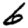
Digit: 6